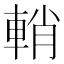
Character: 輎